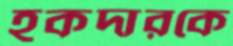
হকদারকে